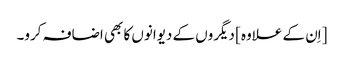
[اِن کے علاوہ] دیگروں کے دیوانوں کا بھی اضافہ کرو۔